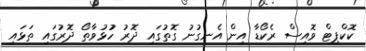
ކޮކްޕިޓް ވޮއިސް ރެކޯޑާ އިން އެނގުނު ގޮތުގައި ދޮރު ހުުޅުވާތޯ ދޮރުގައި ތަޅައި